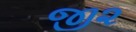
જી૨